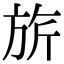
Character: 旂